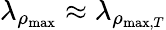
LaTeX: \lambda_{\rho_{\mathrm{max}}}\approx\lambda_{\rho_{\mathrm{max},T}}